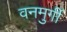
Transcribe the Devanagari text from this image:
वनमुर्गी